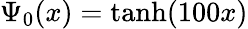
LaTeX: \Psi_{0}(x)=\operatorname{tanh}({100x})